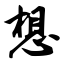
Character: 想